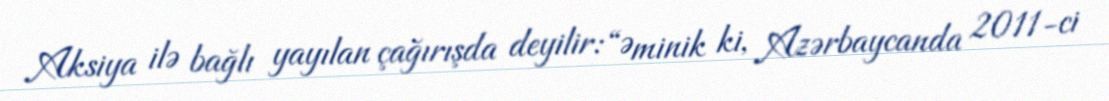
Aksiya ilə bağlı yayılan çağırışda deyilir: “Əminik ki, Azərbaycanda 2011-ci